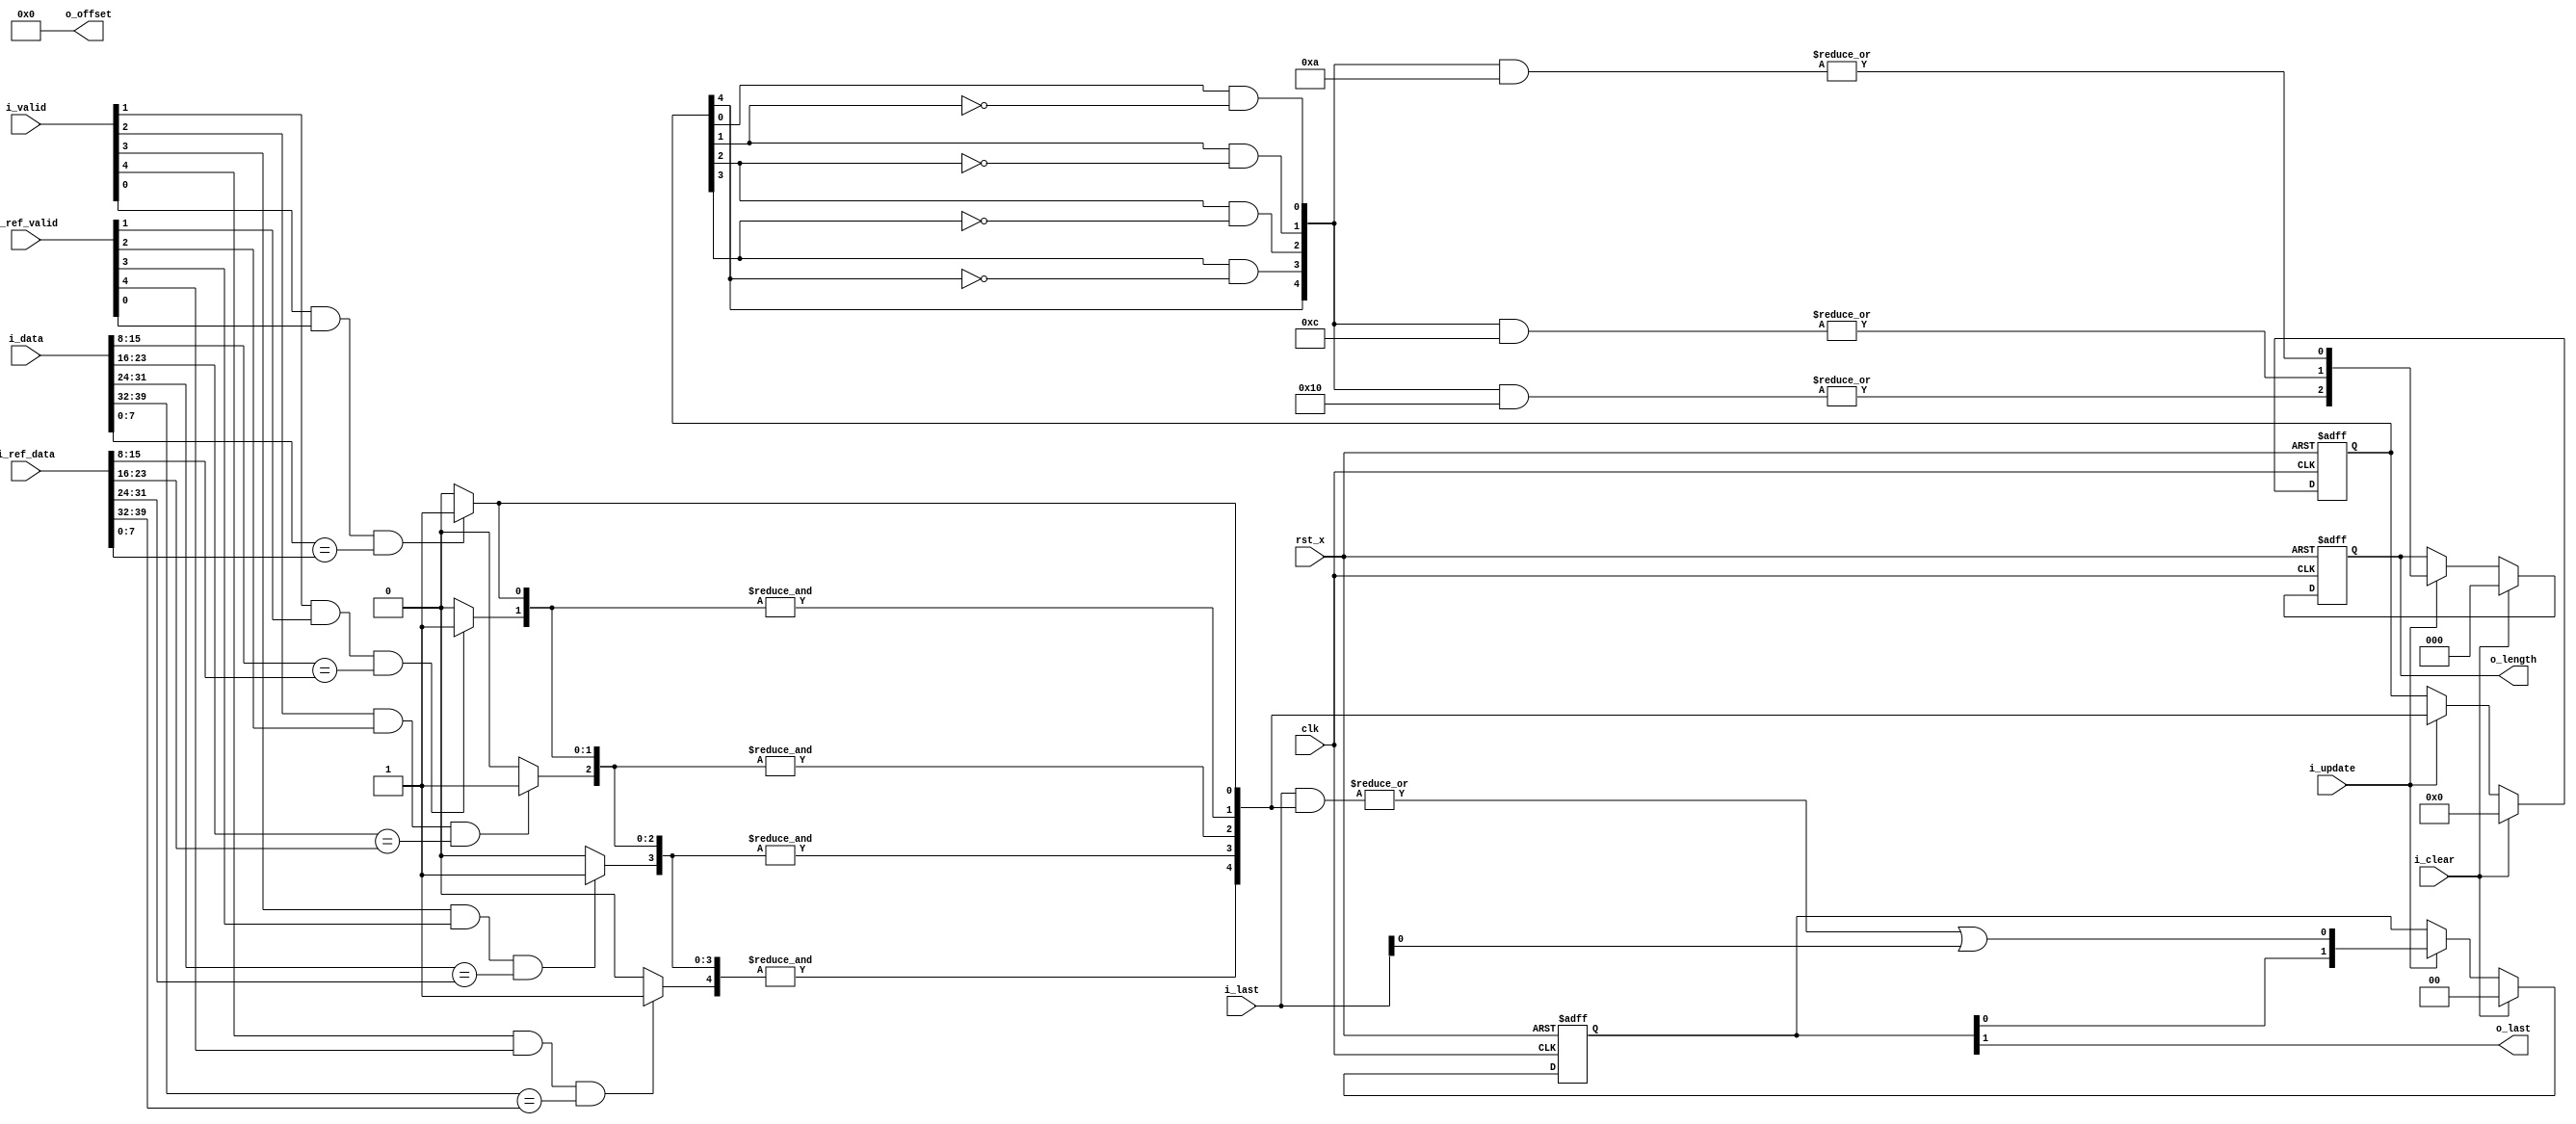
/**
 *  @file   lzss_enc_match.v
 *  @brief  
 *
 *  @par    Copyright
 *  (C) 2012 Taichi Ishitani All Rights Reserved.
 *
 *  @author Taichi Ishitani
 *
 *  @date   0.0.00  2012/07/05  T. Ishitani     coding start
 *  @date   0.0.01  2012/07/18  T. Ishitani     lzss_enc_match
 */
module lzss_enc_match #(
//--type-------+name-------------------+value--------------------------+description
    parameter   pOffset                 = 0,                            //!<    
    parameter   pDataWidth              = 8,                            //!<    
    parameter   pCodingSize             = 5,                            //!<    
    parameter   pOffsetWidth            = 6,                            //!<    
    parameter   pLengthWidth            = 3,                            //!<    
    parameter   pTotalData              = pDataWidth * pCodingSize      //!<    
)(
//--type-------+width------------------+name---------------------------+description
    input                               clk,                            //!<    
    input                               rst_x,                          //!<    
    input                               i_update,                       //!<    
    input                               i_clear,                        //!<    
    input       [pCodingSize-1:0]       i_valid,                        //!<    
    input       [pTotalData-1:0]        i_data,                         //!<    
    input       [pCodingSize-1:0]       i_last,                         //!<    
    input       [pCodingSize-1:0]       i_ref_valid,                    //!<    
    input       [pTotalData-1:0]        i_ref_data,                     //!<    
    output      [pOffsetWidth-1:0]      o_offset,                       //!<    
    output      [pLengthWidth-1:0]      o_length,                       //!<    
    output                              o_last                          //!<    
);

//--type-------+width------------------+name---------------------------+description
    wire        [pCodingSize-1:0]       w_each_match;
    wire        [pCodingSize-1:0]       w_match;
    reg         [pCodingSize-1:0]       r_match;
    wire        [pCodingSize-1:0]       w_sel;
    wire        [pLengthWidth-1:0]      w_length;
    wire                                w_last;
    reg         [pLengthWidth-1:0]      r_length;
    reg         [1:0]                   r_last;
    genvar                              i;
    genvar                              j;

//----------------------------------------------------------------------
//  
//----------------------------------------------------------------------
    generate
        for (i = 0;i < pCodingSize;i = i + 1) begin : each_matching_loop
            assign  w_each_match[i] = (
                i_valid[i] &&
                i_ref_valid[i] &&
                (i_data[i*pDataWidth+:pDataWidth] == i_ref_data[i*pDataWidth+:pDataWidth])
            ) ? 1'b1 : 1'b0;
        end

        for (i = 0;i < pCodingSize;i = i + 1) begin : matching_loop
            if (i == 0) begin : first
                assign  w_match[i]  = w_each_match[i];
            end
            else begin : other
                assign  w_match[i]  = &w_each_match[i:0];
            end
        end
    endgenerate

    always @(posedge clk or negedge rst_x) begin
        if (!rst_x) begin
            r_match <= {pCodingSize{1'b0}};
        end
        else if (i_clear) begin
            r_match <= {pCodingSize{1'b0}};
        end
        else if (i_update) begin
            r_match <= w_match;
        end
    end

//----------------------------------------------------------------------
//  
//----------------------------------------------------------------------
    assign  o_offset    = pOffset[pOffsetWidth-1:0];
    assign  o_length    = r_length;
    assign  o_last      = r_last[1];

    //  
    generate
        for (i = 0;i < pCodingSize;i = i + 1) begin : sel_loop
            if (i == (pCodingSize - 1)) begin : last
                assign  w_sel[i]    = r_match[i];
            end
            else begin : other
                assign  w_sel[i]    = r_match[i] & (~r_match[i+1]);
            end
        end

        for (i = 0;i < pLengthWidth;i = i + 1) begin : length_loop1
            wire    [pCodingSize-1:0]   w_length_temp;

            assign  w_length[i] = |(w_sel & w_length_temp);
            for (j = 0;j < pCodingSize;j = j + 1) begin : length_loop2
                assign  w_length_temp[j]    = j[i];
            end
        end
    endgenerate

    //  
    assign  w_last  = (|(i_last & w_match)) | i_last[0];

    always @(posedge clk or negedge rst_x) begin
        if (!rst_x) begin
            r_length    <= {pLengthWidth{1'b0}};
            r_last      <= 2'b00;
        end
        else if (i_clear) begin
            r_length    <= {pLengthWidth{1'b0}};
            r_last      <= 2'b00;
        end
        else if (i_update) begin
            r_length    <= w_length;
            r_last      <= {r_last[0], w_last};
        end
    end

endmodule